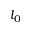
l _ { 0 }